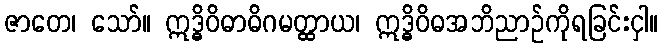
ဇာတေ၊ သော်။ ဣဒ္ဓိဝိဓာဓိဂမတ္ထာယ၊ ဣဒ္ဓိဝိဓအဘိညာဉ်ကိုရခြင်းငှါ။